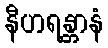
နီဟရန္တာနံ